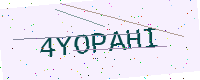
Text: 4YOPAHI